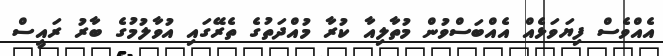
އެއްވެސް ފިޔަވަޅެއް އެއްބަސްވުން މުތާލިއާ ކުރާ މުއްދަތުގެ ތެރޭގައި އުވާލުމުގެ ބާރު ރައީސް